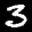
Label: 3